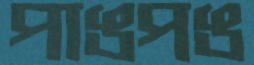
পাঙপঙ